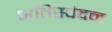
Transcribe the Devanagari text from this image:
अतिस्पंदन